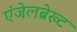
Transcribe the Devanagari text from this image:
एंजेलब्रेख्ट